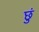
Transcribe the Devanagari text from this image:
छुं